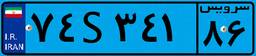
۹۳S۹۷۹۷۷